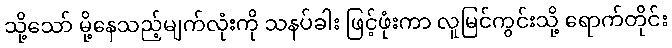
သို့သော် မို့နေသည့်မျက်လုံးကို သနပ်ခါး ဖြင့်ဖုံးကာ လူမြင်ကွင်းသို့ ရောက်တိုင်း